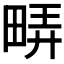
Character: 𬏇